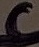
Text: c